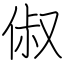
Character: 俶